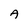
Character: A